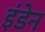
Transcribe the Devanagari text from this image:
इंडेन